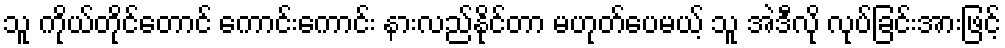
သူ ကိုယ်တိုင်တောင် ကောင်းကောင်း နားလည်နိုင်တာ မဟုတ်ပေမယ့် သူ အဲဒီလို လုပ်ခြင်းအားဖြင့်